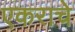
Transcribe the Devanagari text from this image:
एकराचे